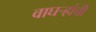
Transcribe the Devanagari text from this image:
वाघऱ्‍हांची